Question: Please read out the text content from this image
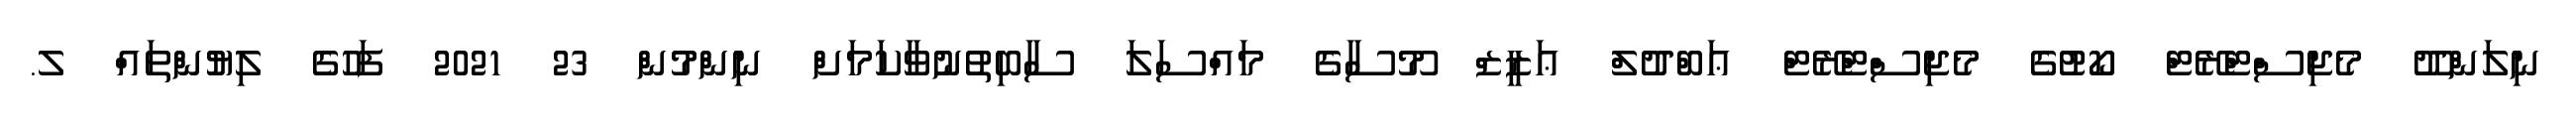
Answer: ނިލަންދޫ މެޖިސްޓްރޭޓް ކޯޓުގެ މެޖިސްޓްރޭޓް ޢަބްދުލް ޢަޒީޒް މޫސާގެ މައްސަލަ ސާބިތުނުވާކަމަށް ނިންމުން 23 2021 ފަހުގެ ލިޔުންތައް ލ.